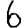
Digit: 6